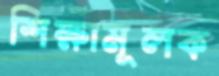
শিক্ষামূলক